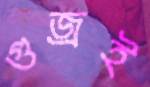
গুজ্‌রই